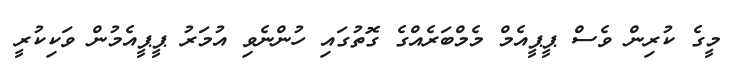
މީގެ ކުރިން ވެސް ޕީޕީއެމް މެމްބަރެއްގެ ގޮތުގައި ހުންނެވި އުމަރު ޕީޕީއެމުން ވަކިކުރީ